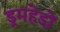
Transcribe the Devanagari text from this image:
ड्रमहेडों